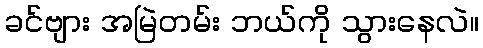
ခင်ဗျား အမြဲတမ်း ဘယ်ကို သွားနေလဲ။